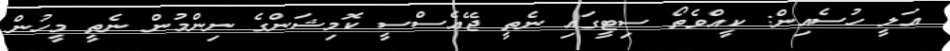
އަލީ ހުސެއިން: ކީއްވެތޯ ސިޓީގައި ނެތީ ޖޭއެސްސީ ކޮމިޝަންގެ ނިންމުން ނެތީ މީހުން